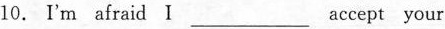
10. I'm afraid I ___ accept your